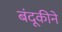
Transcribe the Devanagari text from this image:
बंदूकीने